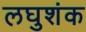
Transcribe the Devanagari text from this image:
लघुशंक